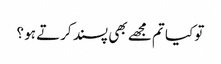
تو کیا تم مجھے بھی پسند کرتے ہو ؟